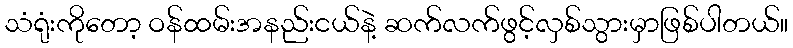
သံရုံးကိုတော့ ဝန်ထမ်းအနည်းငယ်နဲ့ ဆက်လက်ဖွင့်လှစ်သွားမှာဖြစ်ပါတယ်။